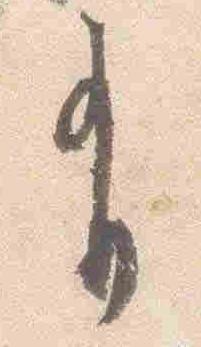
有